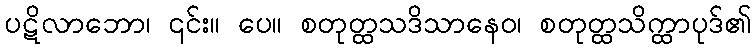
ပဋိလာဘော၊ ၎င်း။ ပေ။ စတုတ္ထသဒိသာနေဝ၊ စတုတ္ထသိက္ထာပုဒ်၏